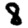
Digit: 8